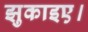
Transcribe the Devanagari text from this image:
झुकाइए।